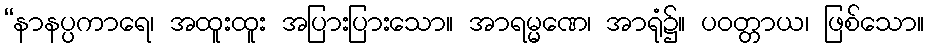
“နာနပ္ပကာရေ၊ အထူးထူး အပြားပြားသော။ အာရမ္မဏေ၊ အာရုံ၌။ ပဝတ္တာယ၊ ဖြစ်သော။